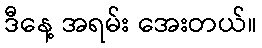
ဒီနေ့ အရမ်း အေးတယ်။